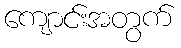
ကျောင်းအတွက်